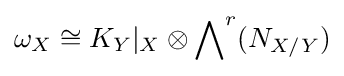
\omega _{X}\cong K_{Y}|_{X}\otimes {\bigwedge }^{r}(N_{X/Y})